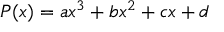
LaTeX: P ( x ) = a x ^ { 3 } + b x ^ { 2 } + c x + d